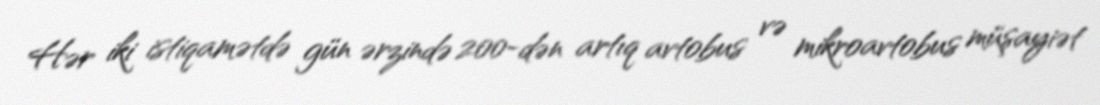
Hər iki istiqamətdə gün ərzində 200-dən artıq avtobus və mikroavtobus müşayiət